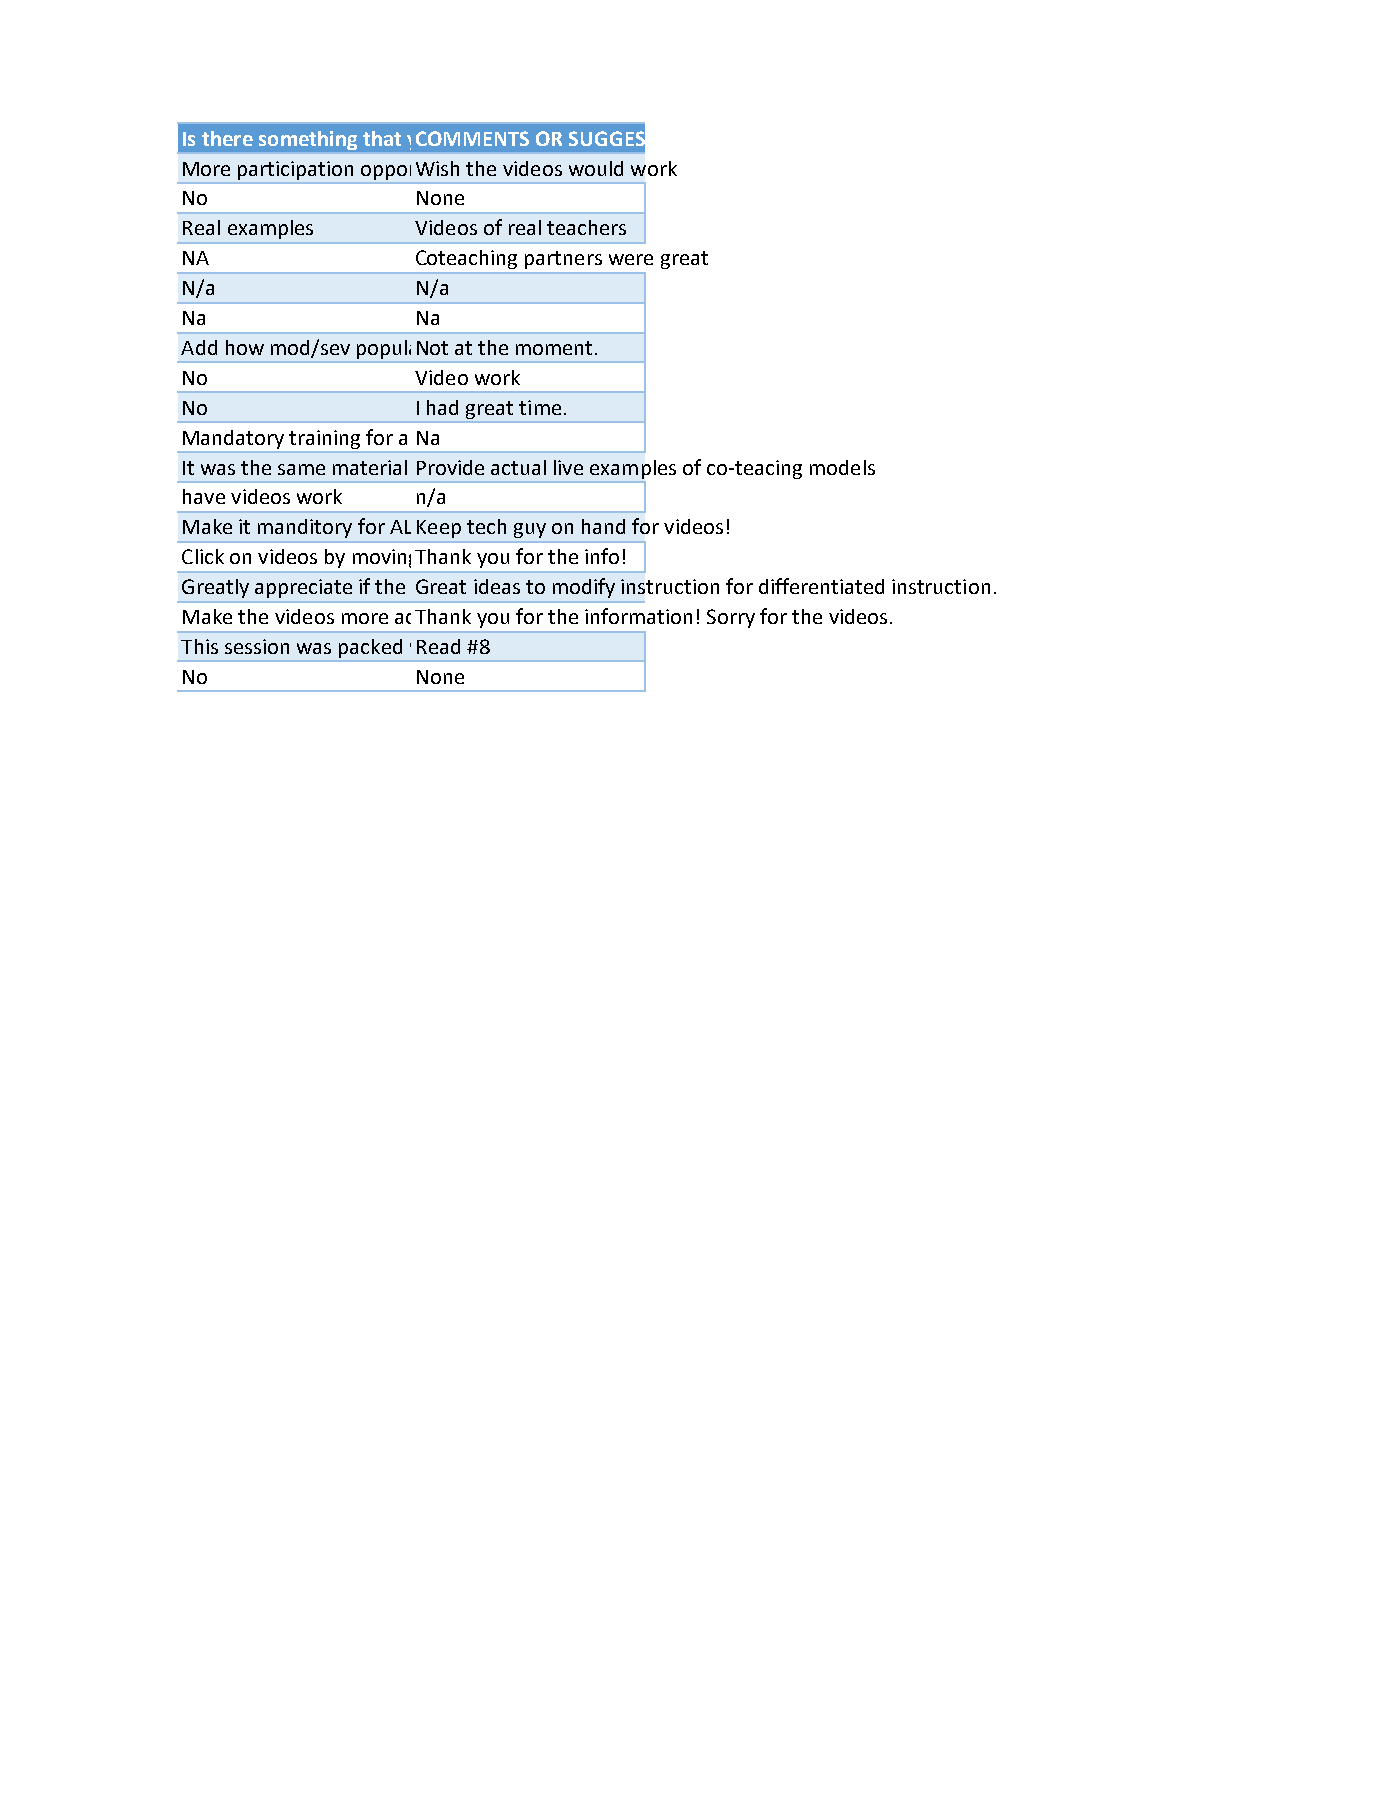
Is there something that yCOM MEN TS OR SUGGE ST IONS?
 More participation opporWish the videos would work
 No             None
 Real examples  Videos of real teachers
 NA             Coteaching partners were great
 N/a            N/a
 Na             Na
 Add how mod/sev populaNot a t th e mo ment.
 No             Video work
 No             I had great time.
 Mandatory training for aN a
 It was the same material Provide ac tua l liv e ex amp les of co-tea cing mo d els
 have videos work n/a
 Make it manditory for ALK eep tech guy on hand for videos!
 Click on videos by movingT han k you f or the info!
 Greatly appreciate if the Great id e as to mo dif y ins truc tion fo r diff erent iate d ins tru ctio n.
 Make the videos more acThank yo u fo r the information! Sorry for the videos.
 This session was packed wRead #8
 No             None